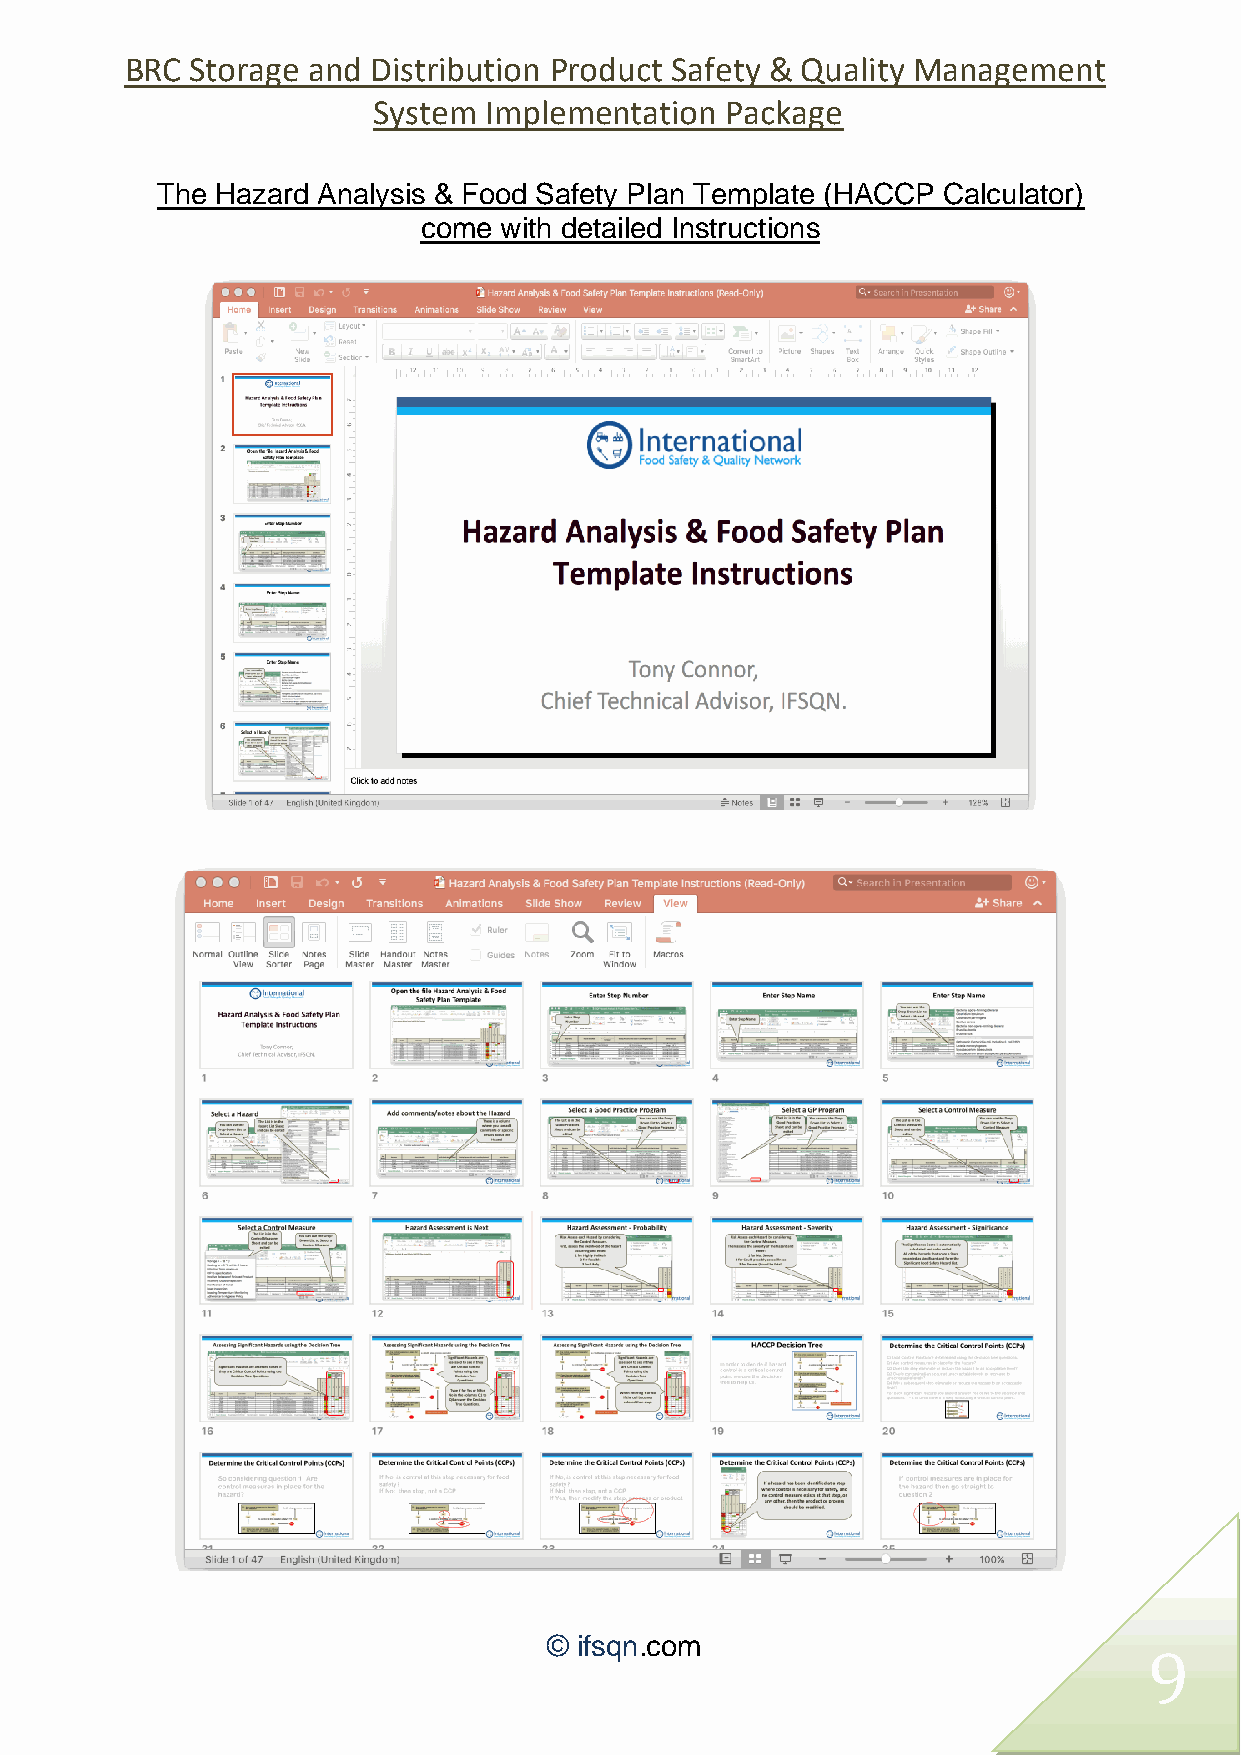
BRC  Storage and Distribution Product Safety & Quality Management
 System Implementation  Package
 The Hazard Analysis & Food Safety Plan Template (HACCP Calculator)
 come with detailed Instructions
 © ifsqn.com
 9